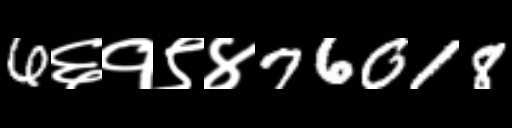
Text: 6६१९४76018